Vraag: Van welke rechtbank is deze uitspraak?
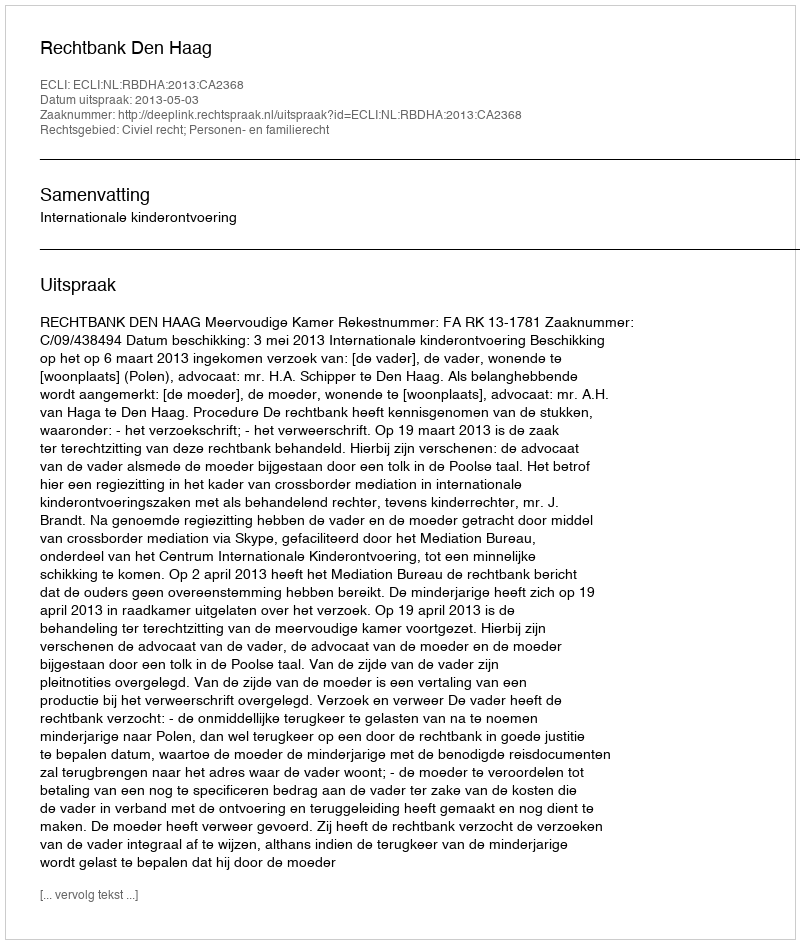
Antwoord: Rechtbank Den Haag